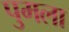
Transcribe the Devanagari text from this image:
पुमला